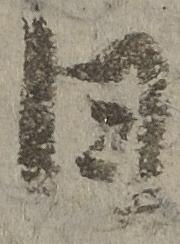
日